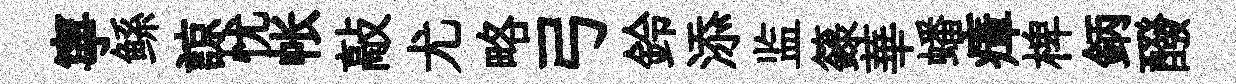
寧鲧諒忧帐敲尤略弓鈴添监籙華蟠瘴椑鈵醱